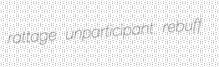
rattage unparticipant rebuff